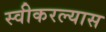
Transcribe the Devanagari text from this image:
स्वीकरल्यास